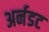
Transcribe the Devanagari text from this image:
अर्नडट